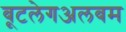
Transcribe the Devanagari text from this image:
बूटलेगअलबम